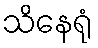
သိနေရုံ